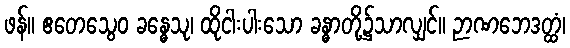
ဖန်။ ဧတေသွေဝ ခန္ဓေသု၊ ထိုငါးပါးသော ခန္ဓာတို့၌သာလျှင်။ ဉာဏဘေဒတ္ထံ၊